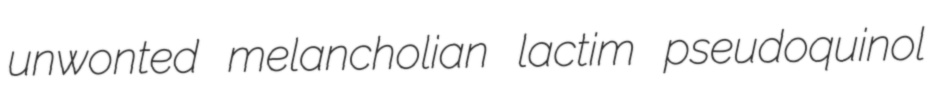
unwonted melancholian lactim pseudoquinol